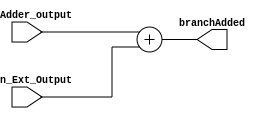
module BR_ADDER(branchAdded, PC_Adder_output, Sign_Ext_Output);
	output reg [31:0] branchAdded;
	input  wire[31:0] PC_Adder_output;
	input  wire signed [31:0] Sign_Ext_Output; // signed since mover up or down
	always @(PC_Adder_output or Sign_Ext_Output)
	begin
		branchAdded <= PC_Adder_output + Sign_Ext_Output;
	end
endmodule